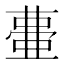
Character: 𭈰